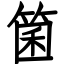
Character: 箘